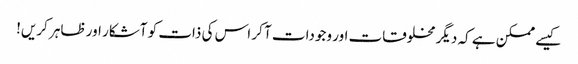
کیسے ممکن ہے کہ دیگر مخلوقات اور وجودات آ کر اس کی ذات کو آشکار اور ظاہر کریں!